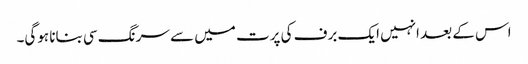
اس کے بعد انہیں ایک برف کی پرت میں سے سرنگ سی بنانا ہوگی۔